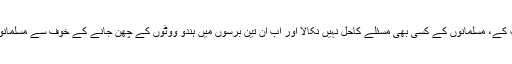
کیونکہ ماضی میں کانگریس نے سوائے خوفزدہ کرنے والی سیاست کے، مسلمانوں کے کسی بھی مسئلے کاحل نہیں نکالا اور اب ان تین برسوں میں ہندو ووٹوں کے چھن جانے کے خوف سے مسلمانوں کے زخم پر مرحم پاشی کے لیے بھی خود کو تیار نہیں کرسکی۔